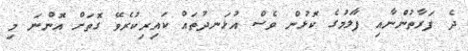
ދެ ފަރާތުންނާއި ފާލަމުގެ ކޮޅުން ވެސް އުޅަނދުތައް ކައިރިކުރެވޭ ގޮތަށް އޮންނަ މި